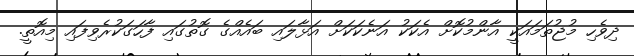
ދިވެހި މުޖުތަމައަކީ އާންމުކޮށް އެކަކު އަނެކަކަށް އަޅާލައި ބައެއްގެ ގޮތުގައި ފާހަގަކުރެވިފައި މިއޮތީ.